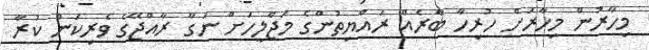
މިހާރުން މިހާރަށް ހުރިހާ ބާރެއް ރައްޔިތުންގެ މަޖްލީހަށް ނަގާ ރާއްޖޭގެ ވެރިކަން ކުރާ